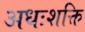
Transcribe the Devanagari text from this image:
अधःशक्ति